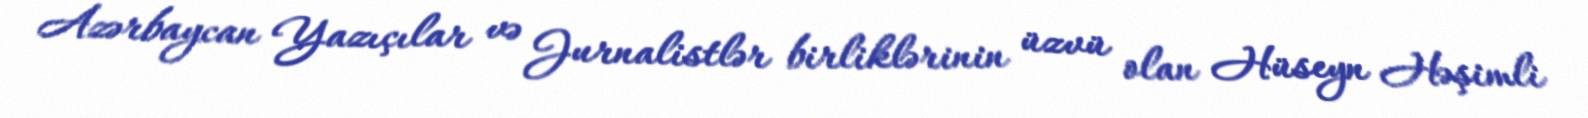
Azərbaycan Yazıçılar və Jurnalistlər birliklərinin üzvü olan Hüseyn Həşimli